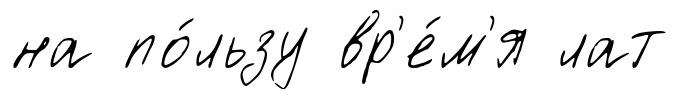
на по́льзу вр'е́м'я лат